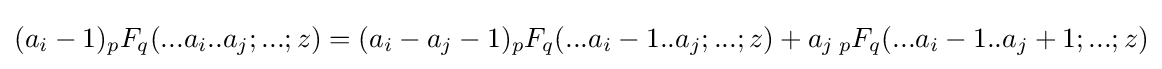
(a_{i}-1){}_{p}F_{q}(...a_{i}..a_{j};...;z)=(a_{i}-a_{j}-1){}_{p}F_{q}(...a_{i}-1..a_{j};...;z)+a_{j}\,{}_{p}F_{q}(...a_{i}-1..a_{j}+1;...;z)